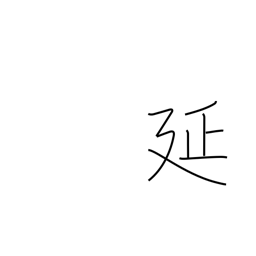
Meaning: stretching